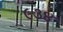
૯૩૪